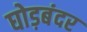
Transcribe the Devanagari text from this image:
घोड़बंदर